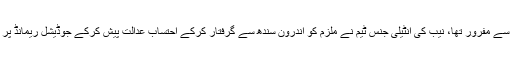
ملزم عرصہ دراز سے مفرور تھا، نیب کی انٹیلی جنس ٹیم نے ملزم کو اندرون سندھ سے گرفتار کرکے احتساب عدالت پیش کرکے جوڈیشل ریمانڈ پر جیل بھجوادیا ہے۔